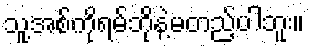
သူ့အစ်ကိုရမ်ဘိုနဲ့မတည့်ပါဘူး။